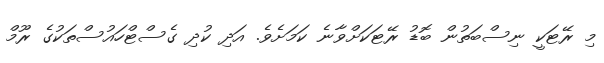
މި ރޭޓަކީ ނިސްބަތުން ބޮޑު ރޭޓަކަށްވާނެ ކަމަށެވެ. އަދި ކުދި ގެސްޓްހައުސްތަކުގެ ރޫމް